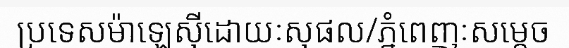
ប្រទេសម៉ាឡេស៊ីដោយៈសុផល/ភ្នំពេញៈសម្តេច